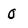
Character: 0